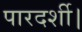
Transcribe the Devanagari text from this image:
पारदर्शी।